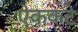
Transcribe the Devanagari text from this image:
ऐककटे